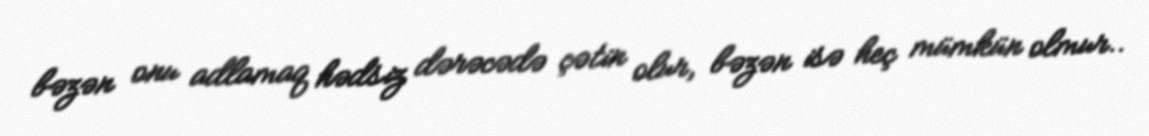
bəzən onu adlamaq hədsiz dərəcədə çətin olur, bəzən isə heç mümkün olmur..